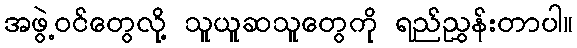
အဖွဲ့ဝင်တွေလို့ သူယူဆသူတွေကို ရည်ညွှန်းတာပါ။